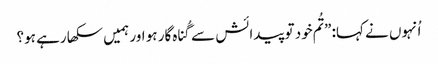
‏ اُنہوں نے کہا:‏ ”‏تُم خود تو پیدائش سے گُناہ‌گار ہو اور ہمیں سکھا رہے ہو؟